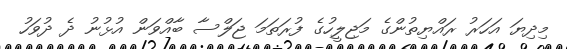
މިދިޔަ އަހަރު ރައްޔިތުންގެ މަޖިލީހުގެ ފުރަތަމަ ޖަލްސާ ބާއްވަން އުޅުނު ދެ ދުވަހު